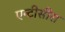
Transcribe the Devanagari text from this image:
एन्टीसीरा